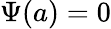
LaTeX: \Psi(a)=0